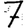
Digit: 7